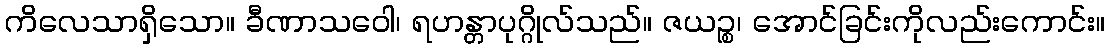
ကိလေသာရှိသော။ ခီဏာသဝေါ၊ ရဟန္တာပုဂ္ဂိုလ်သည်။ ဇယဉ္စ၊ အောင်ခြင်းကိုလည်းကောင်း။